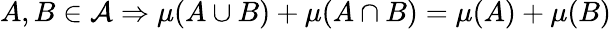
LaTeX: A,B\in{\mathcal{A}}\Rightarrow\mu(A\cup B)+\mu(A\cap B)=\mu(A)+\mu(B)